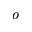
^ o